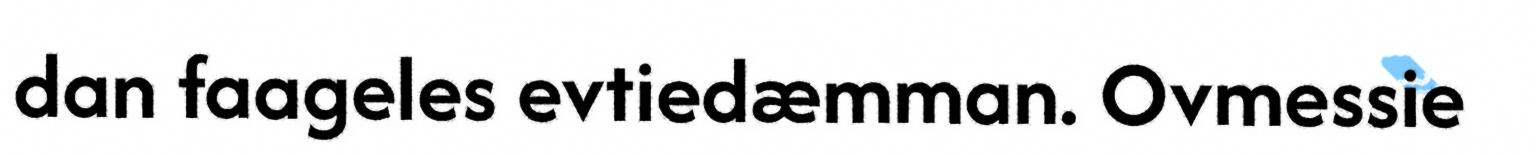
dan faageles evtiedæmman. Ovmessie